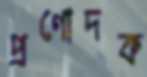
প্রণোদক